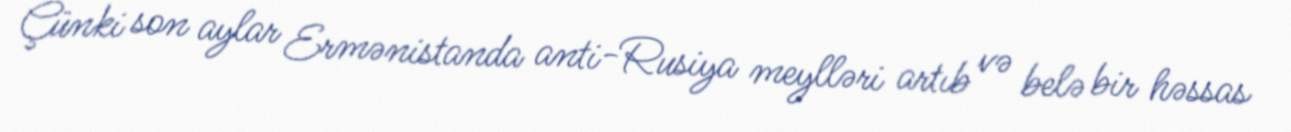
Çünki son aylar Ermənistanda anti-Rusiya meylləri artıb və belə bir həssas